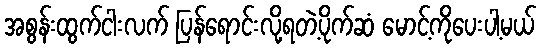
အစွန်းထွက်ငါးလက် ပြန်ရောင်းလို့ရတဲ့ပိုက်ဆံ မောင့်ကိုပေးပါ့မယ်